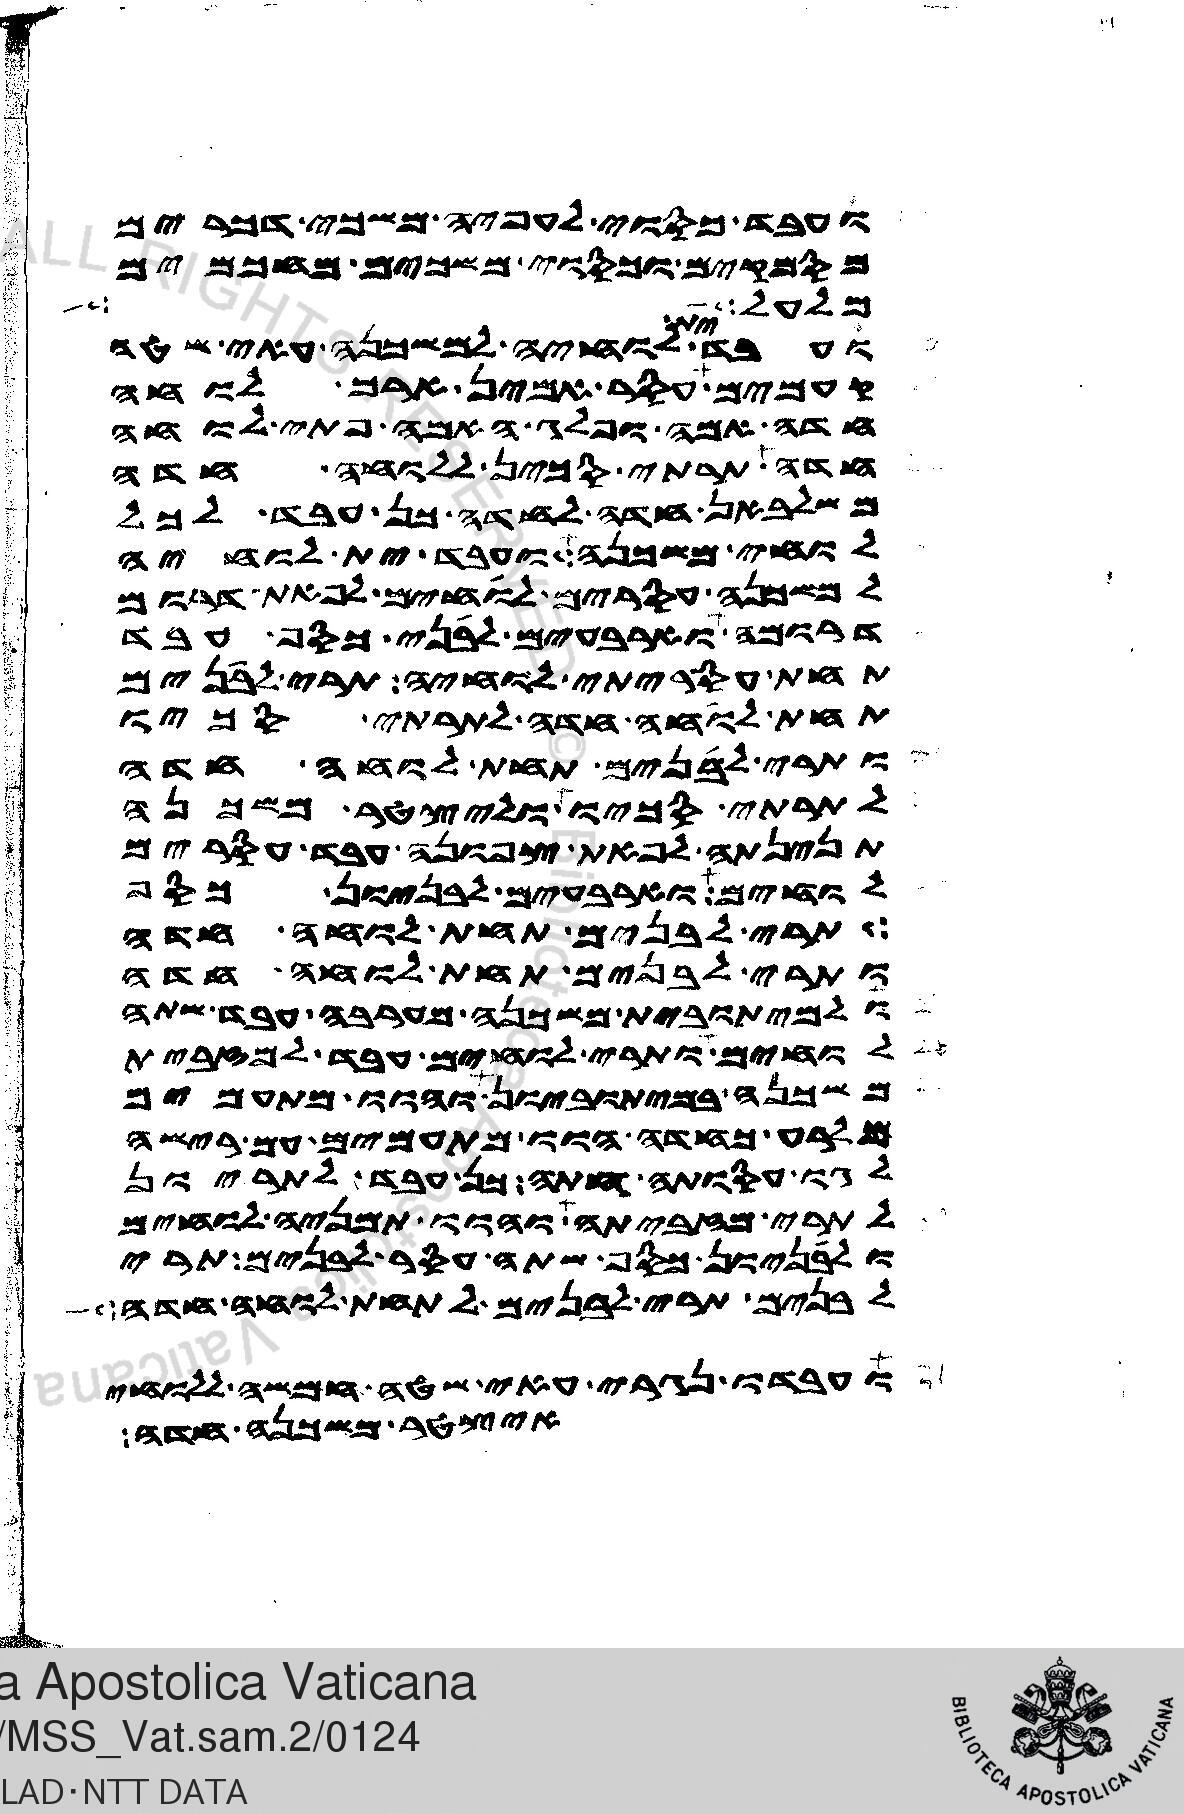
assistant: ועבד כסוי לעפיה משכי דכרים
מסמקים וכסוי משכים מחכמים
מלעל ואל
ועבד ית לוחיה למשכנה עאי שטה
קעמים עסר אמין ארך לוחה
חדה אמה ופלג האמה פתי לוחה
חדה תרתי סכין ללוחה חדה
משלבאן חדה לחדה כן עבד לכל
לוחי משכנה ועבד ית לוחיה
למשכנה עסרים לוחים לפאת דרום
דרומה וארבעים לבני כסף עבד
תחת עסריתי לוחיה תרי לבנים
תחת לוחה חדה לתרתי סכיו
ותרי לבנים תחת לוחה חדה
לתרתי סכיו וליצטר משכנה
תנינתה לפאת צפונה עבד עסרים
לוחים וארבעים לבניון כסף
תרי לבנים תחת לוחה חדה
ותרי לבנים תחת לוחה חדה
ולמיתובית משכנה מערבה עבד שתה
לוחים ותרי לוחים עבד למזבית
משכנה במיתוביון והוו מתעמים
מלרע כחדה הוו מתעמים עם רישה
לגו עסוקתה חתה כן עבד לתריון
לתרי מזביתה והוו תמניה לוחים
ולבניון כסף שתה עסר לבנים תרי
לבנים תרי לבנים תחת לוחה חדה
ועבדו נגרי עאי שטה חמשה ללוחי
איצטר משכנה חדה